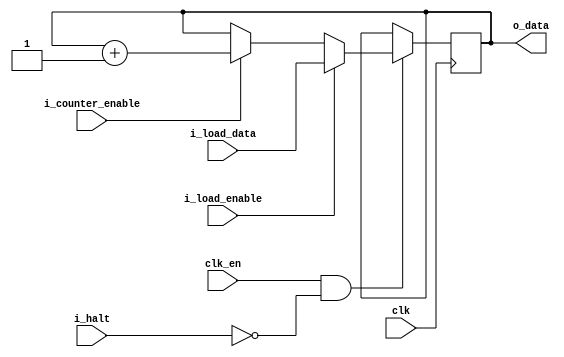
`default_nettype none

module Program_Counter #(
  parameter WIDTH = 16
)(
  input  wire             clk,
  input  wire             clk_en,
  input  wire             i_counter_enable,
  input  wire             i_halt,
  input  wire             i_load_enable,
  input  wire [WIDTH-1:0] i_load_data,

  output wire [WIDTH-1:0] o_data
);

  reg    [WIDTH-1:0] counter = {WIDTH{1'b0}};

  wire   [WIDTH-1:0] counter_next   = i_load_enable    ? i_load_data :
                                      i_counter_enable ? counter + {{WIDTH-1{1'b0}}, 1'b1} :
                                      counter;

  wire               update_counter = clk_en & ~i_halt;

  always @(posedge clk) counter <= update_counter ? counter_next : counter;

  assign o_data = counter;

endmodule